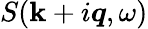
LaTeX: S({\mathbf k}+i\mathbfit{q},\omega)